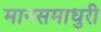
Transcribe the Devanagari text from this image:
मानसमाधुरी